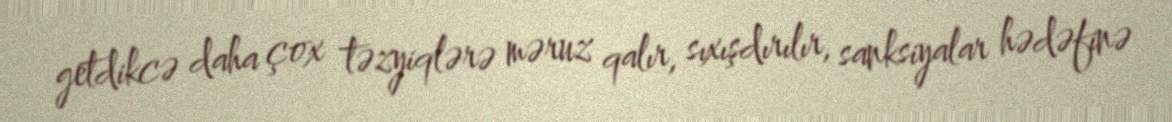
getdikcə daha çox təzyiqlərə məruz qalır, sıxışdırılır, sanksiyalar hədəfinə